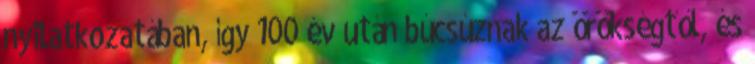
nyilatkozatában, így 100 év után búcsúznak az örökségtől, és